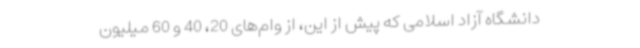
دانشگاه آزاد اسلامی که پیش از این، از وام‌های 20، 40 و 60 میلیون